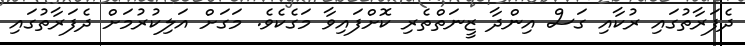
ދެފަރާތުގައި ރުކާއި ގަސް އިންދާ ޒީނަތްތެރި ކޮށްފައިވާ މަގެކެވެ. މަގަށް އަލިކުރުމަށް ދެފަރާތުގައި